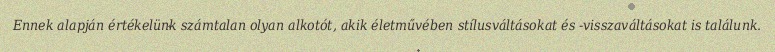
Ennek alapján értékelünk számtalan olyan alkotót, akik életművében stílusváltásokat és -visszaváltásokat is találunk.